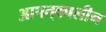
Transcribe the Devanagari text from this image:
आपत्‌कालीन